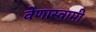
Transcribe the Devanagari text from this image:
वेणास्वामी